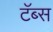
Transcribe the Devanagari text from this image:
टॅब्स